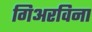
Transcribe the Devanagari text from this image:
गिअरविना